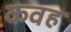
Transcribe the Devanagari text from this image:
कवह